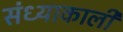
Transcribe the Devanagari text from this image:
संध्याकाली